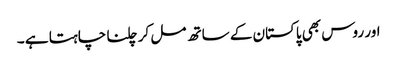
اور روس بھی پاکستان کے ساتھ مل کر چلنا چاہتا ہے ۔